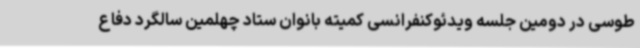
طوسی در دومین جلسه ویدئوکنفرانسی کمیته بانوان ستاد چهلمین سالگرد دفاع